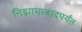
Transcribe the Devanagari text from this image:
निझामाबादपर्यंत